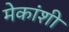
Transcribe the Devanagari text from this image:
मेकांशी